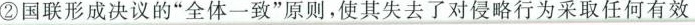
②国联形成决议的”全体一致”原则，使其失去了对侵略行为采取任何有效